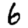
Digit: 6